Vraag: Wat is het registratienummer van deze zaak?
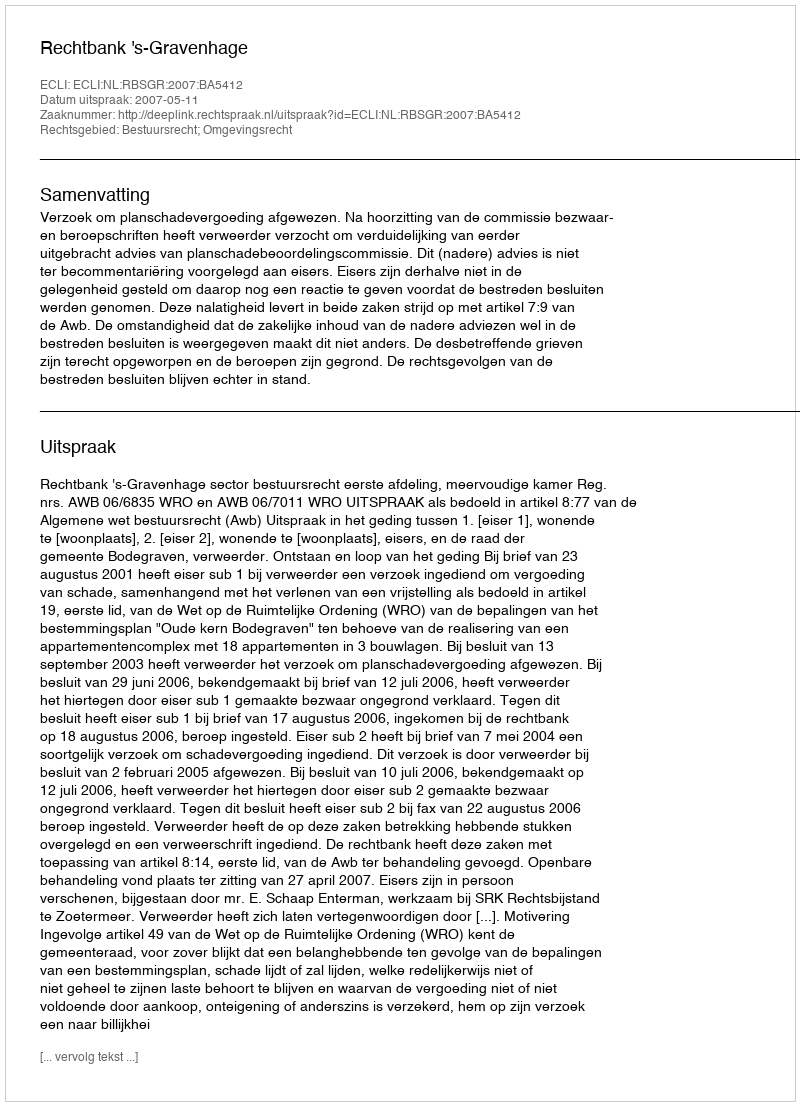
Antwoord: http://deeplink.rechtspraak.nl/uitspraak?id=ECLI:NL:RBSGR:2007:BA5412